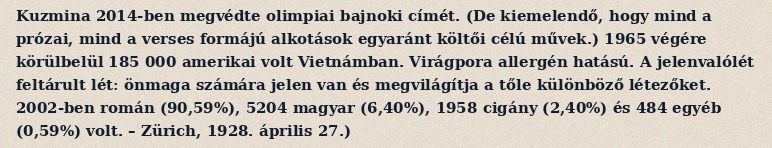
Kuzmina 2014-ben megvédte olimpiai bajnoki címét. (De kiemelendő, hogy mind a prózai, mind a verses formájú alkotások egyaránt költői célú művek.) 1965 végére körülbelül 185 000 amerikai volt Vietnámban. Virágpora allergén hatású. A jelenvalólét feltárult lét: önmaga számára jelen van és megvilágítja a tőle különböző létezőket. 2002-ben román (90,59%), 5204 magyar (6,40%), 1958 cigány (2,40%) és 484 egyéb (0,59%) volt. – Zürich, 1928. április 27.)